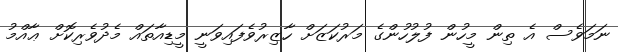
ނަމަވެސް އެ ތިން މީހުން ފުލުހުންގެ މަރުކަޒަށް ހާޒިރުވެފައިވަނީ މީޑިއާތައް މެދުވެރިކޮށް ޢާއްމު